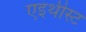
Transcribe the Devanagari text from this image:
एइथीस्ट